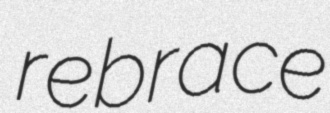
rebrace